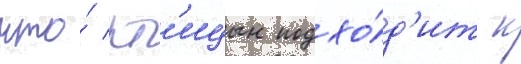
что́ пт'ицын подхо́д'ит к